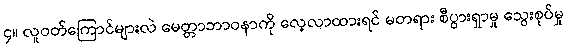
၄။ လူဝတ်ကြောင်များလဲ မေတ္တာဘာဝနာကို လေ့လာထားရင် မတရား စီပွားရှာမှု သွေးစုပ်မှု